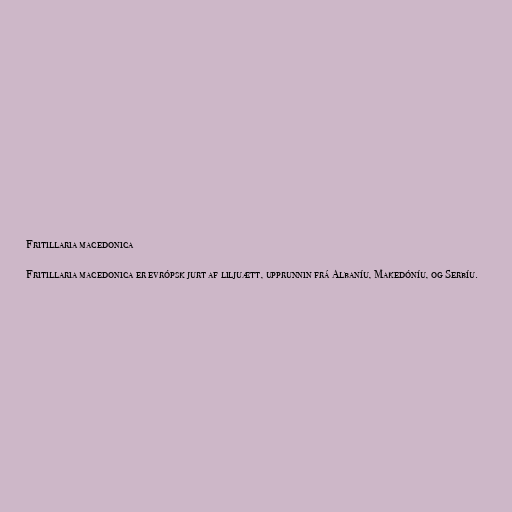
Fritillaria macedonica

Fritillaria macedonica er evrópsk jurt af liljuætt, upprunnin frá Albaníu, Makedóníu, og Serbíu.